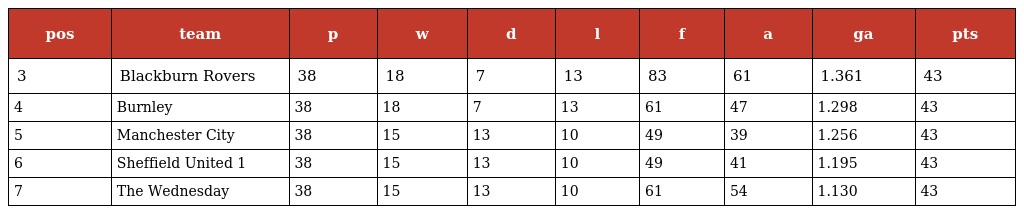
| pos | team | p | w | d | l | f | a | ga | pts |
 | --- | --- | --- | --- | --- | --- | --- | --- | --- | --- |
 | 3 | Blackburn Rovers | 38 | 18 | 7 | 13 | 83 | 61 | 1.361 | 43 |
 | 4 | Burnley | 38 | 18 | 7 | 13 | 61 | 47 | 1.298 | 43 |
 | 5 | Manchester City | 38 | 15 | 13 | 10 | 49 | 39 | 1.256 | 43 |
 | 6 | Sheffield United 1 | 38 | 15 | 13 | 10 | 49 | 41 | 1.195 | 43 |
 | 7 | The Wednesday | 38 | 15 | 13 | 10 | 61 | 54 | 1.130 | 43 |